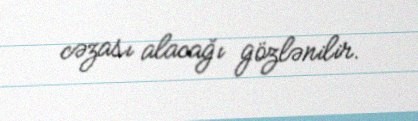
cəzası alacağı gözlənilir.